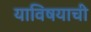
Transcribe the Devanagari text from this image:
याविषयाची